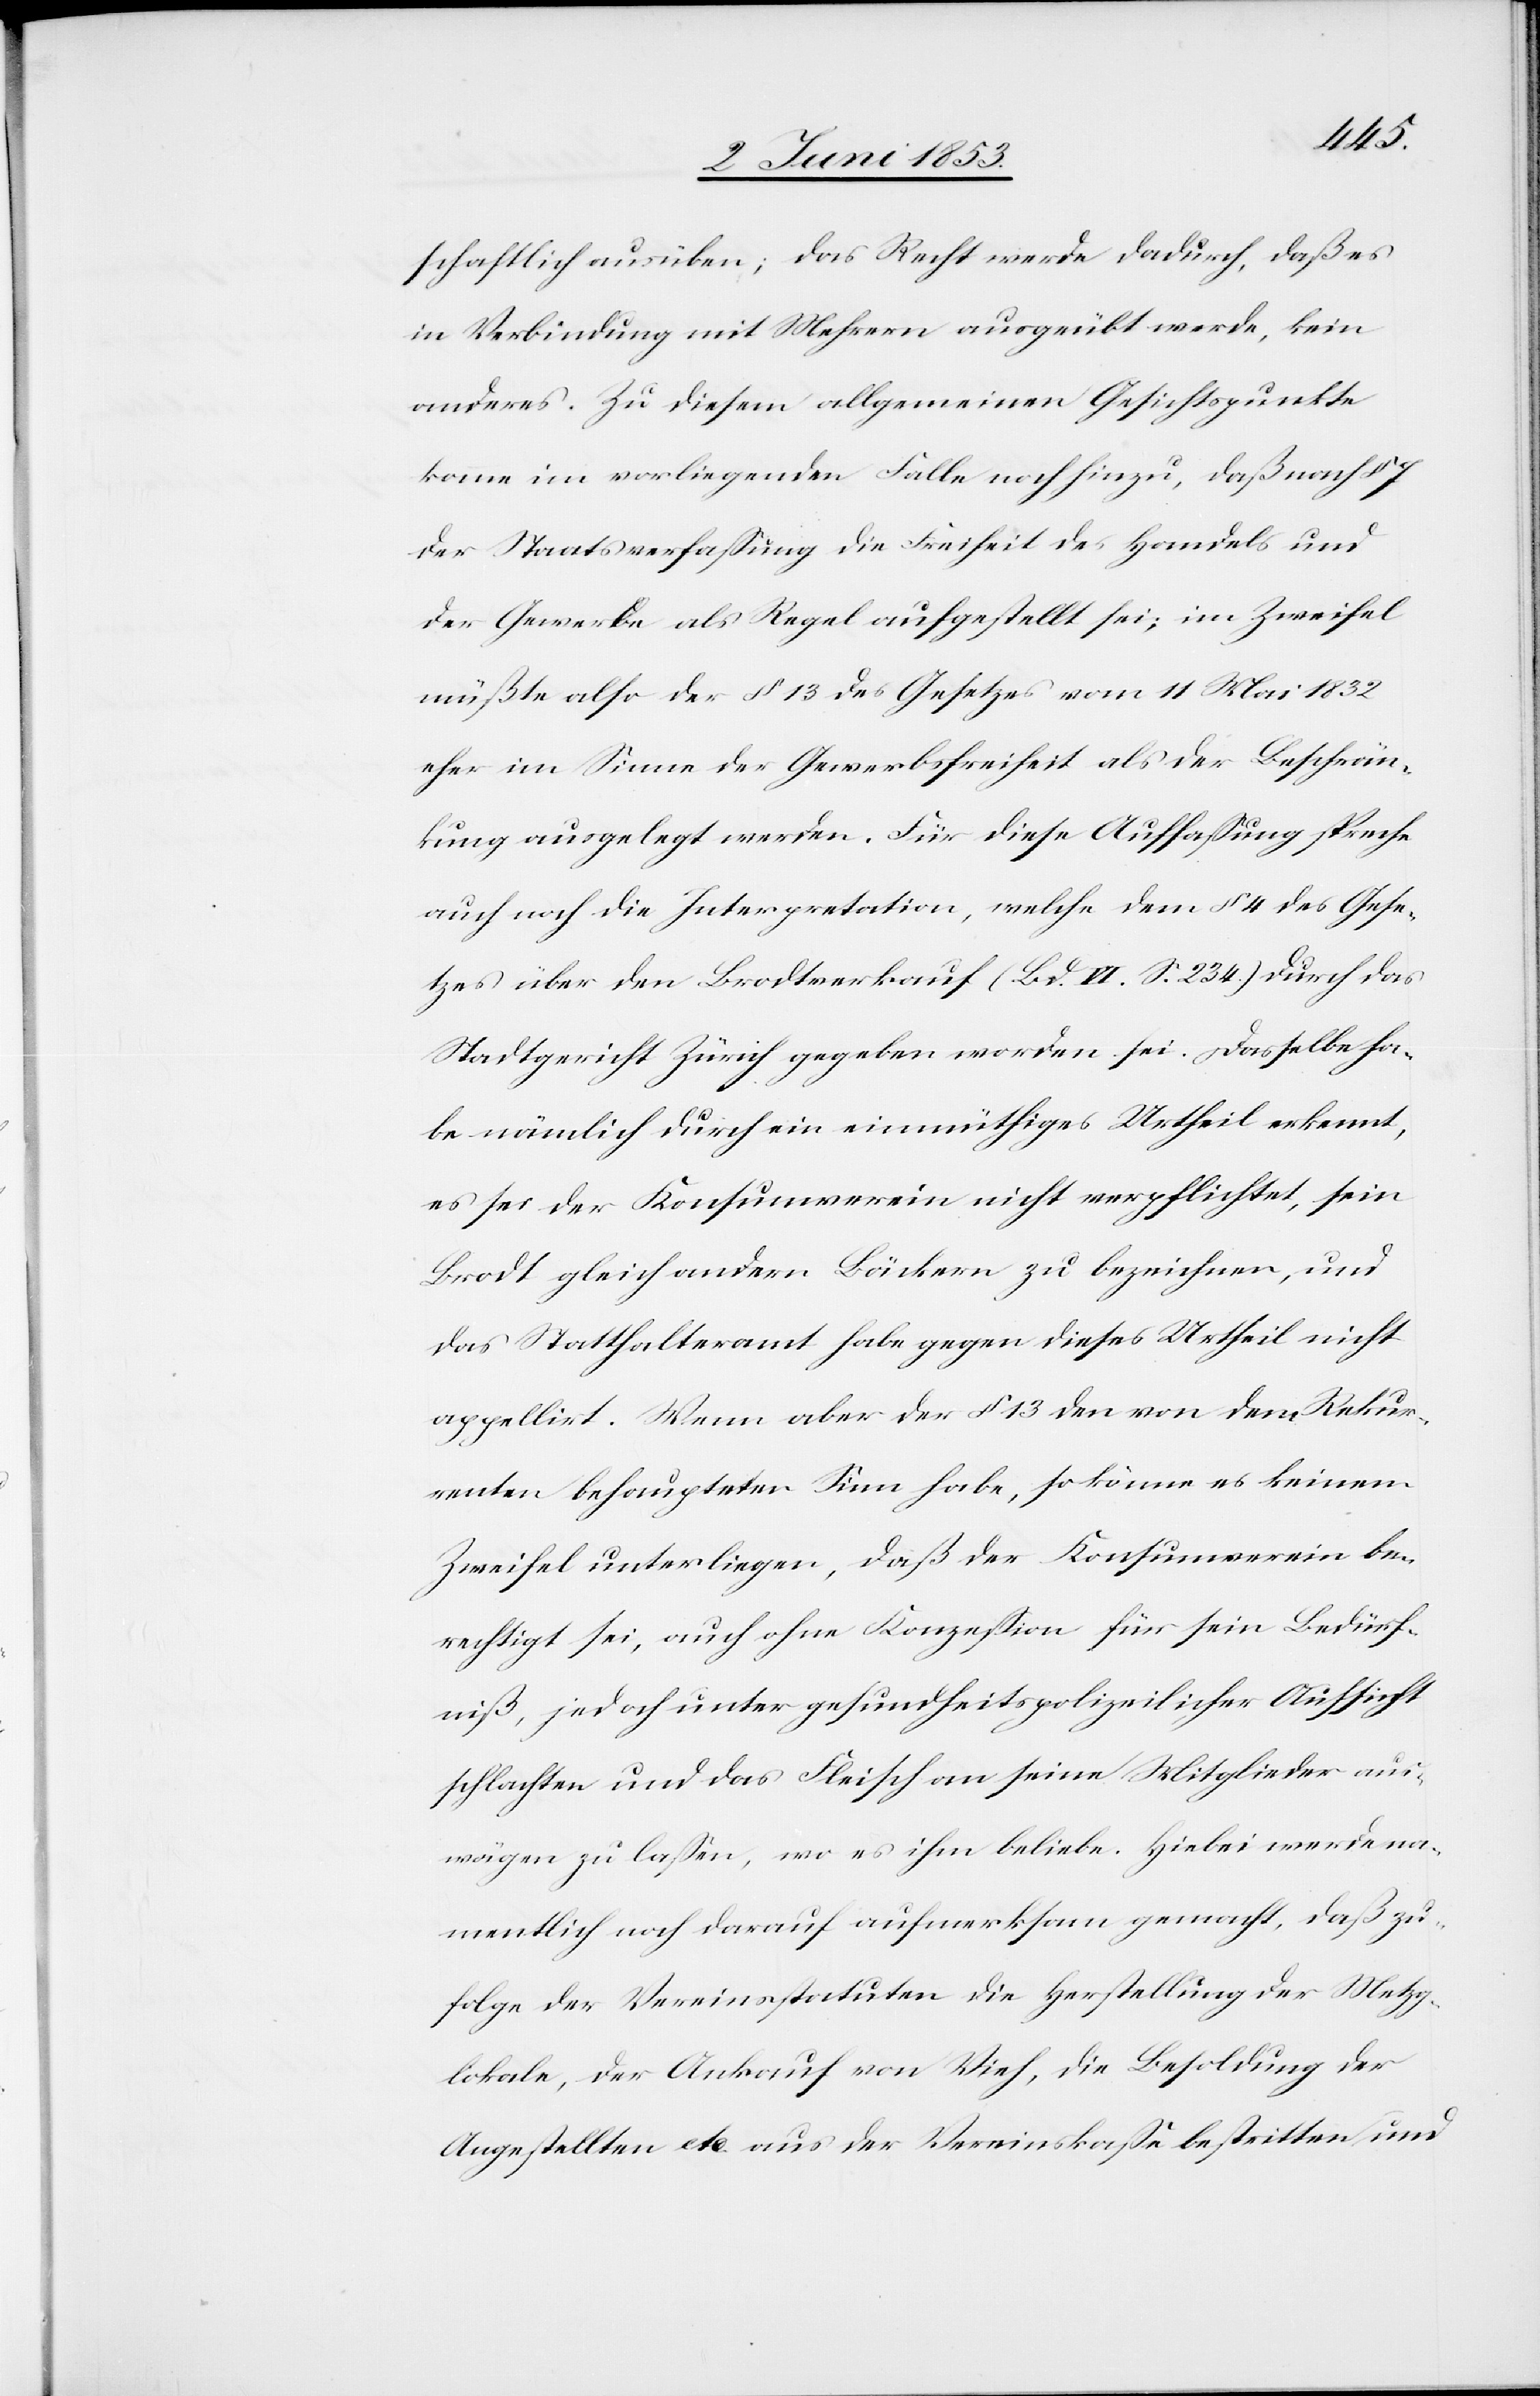
schaftlich ausüben; das Recht werde dadurch, daß es
in Verbindung mit Mehrern ausgeübt werde, kein
anderes. Zu diesem allgemeinen Gesichtspunkte
komme im vorliegenden Falle noch hinzu, daß nach § 7
der Staatsverfaßung die Freiheit des Handels und
der Gewerbe als Regel aufgestellt sei; im Zweifel
müßte also der § 13 des Gesetzes vom 11 Mai 1832
eher im Sinne der Gewerbsfreiheit als der Beschrän¬
kung ausgelegt werden. Für diese Auffaßung spreche
auch noch die Interpretation, welche dem § 4 des Gese¬
tzes über den Brodtverkauf (Bd. VI. S. 234) durch das
Stadtgericht Zürich gegeben worden sei. Dasselbe ha¬
be nämlich durch ein einmüthiges Urtheil erkennt,
es sei der Konsumverein nicht verpflichtet, sein
Brodt gleich andern Bäckern zu bezeichnen, und
das Statthalteramt habe gegen dieses Urtheil nicht
appellirt. Wenn aber der § 13 den von dem Rekur¬
renten behaupteten Sinn habe, so könne es keinem
Zweifel unterliegen, daß der Konsumverein be¬
rechtigt sei, auch ohne Konzeßion für sein Bedürf¬
niß, jedoch unter gesundheitspolizeilicher Aufsicht
schlachten und das Fleisch an seine Mitglieder aus¬
wägen zu laßen, wo es ihm beliebe. Hiebei werde na¬
mentlich noch darauf aufmerksam gemacht, daß zu¬
folge der Vereinstatuten die Herstellung der Metzg¬
lokale, der Ankauf von Vieh, die Besoldung der
Angestellten etc. aus der Vereinskaße bestritten und